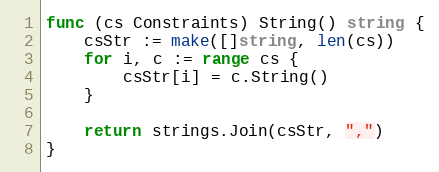
Language: Go
func (cs Constraints) String() string {
	csStr := make([]string, len(cs))
	for i, c := range cs {
		csStr[i] = c.String()
	}

	return strings.Join(csStr, ",")
}